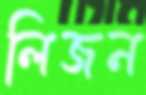
লিজন